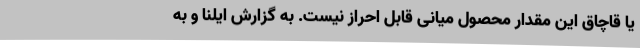
یا قاچاق این مقدار محصول میانی قابل احراز نیست. به گزارش ایلنا و به